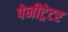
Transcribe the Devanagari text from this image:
पेनीट्रेटर